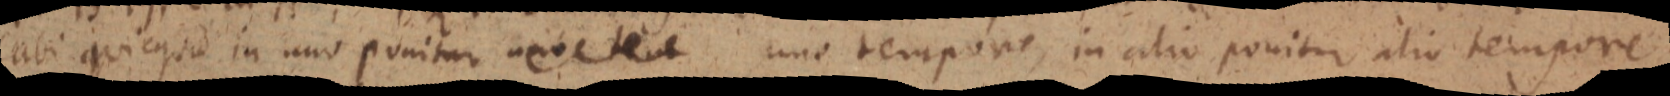
abi quicquid in uno ponitur _ uno tempore, in alio ponitur alio tempore